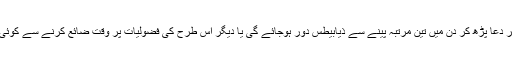
گرم پانی پر دعا پڑھ کر دن میں تین مرتبہ پینے سے ذیابیطس دور ہوجائے گی یا دیگر اس طرح کی فضولیات پر وقت ضائع کرنے سے کوئی فائدہ نہیں۔